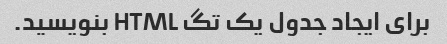
برای ایجاد جدول یک تگ HTML بنویسید.